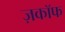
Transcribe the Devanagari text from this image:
ज़काॅफ